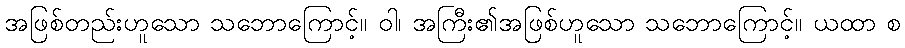
အဖြစ်တည်းဟူသော သဘောကြောင့်။ ဝါ၊ အကြီး၏အဖြစ်ဟူသော သဘောကြောင့်။ ယထာ စ